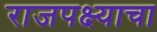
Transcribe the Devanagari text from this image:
राजपक्ष्याचा